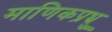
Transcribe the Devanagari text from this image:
माणिकप्रभ्रु